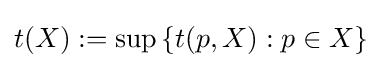
t(X):=\sup \left\{t(p,X):p\in X\right\}